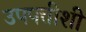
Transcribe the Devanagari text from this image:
उपपत्तीशी